Annual report on the working of the lock hospitals in the North-Western Provinces and Oudh
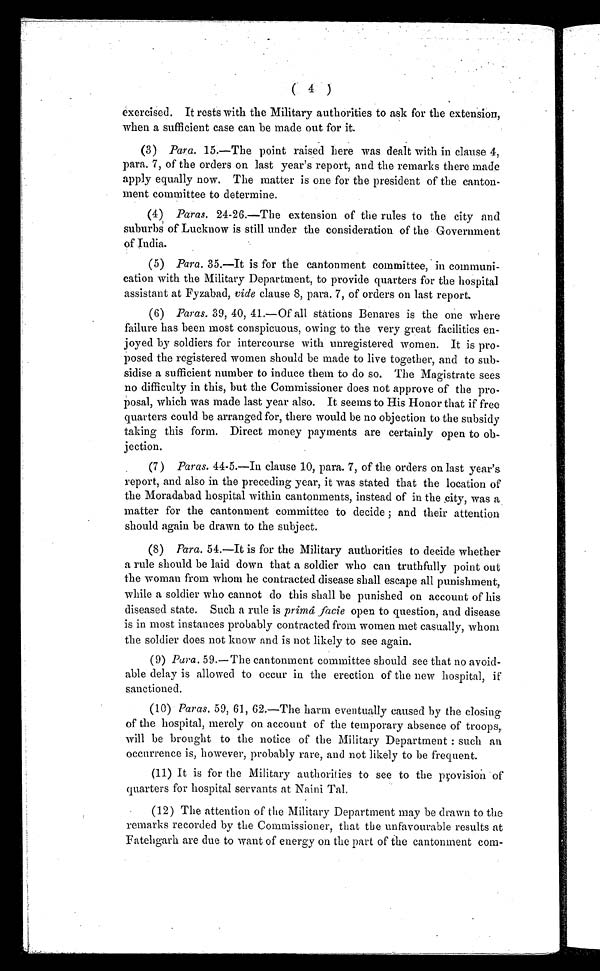
( 4 )
exercised. It rests with the Military authorities to ask for the extension,
when a sufficient case can be made out for it.
(3) Para. 15.—The point raised here was dealt with in clause 4,
para. 7, of the orders on last year's report, and the remarks there made
apply equally now. The matter is one for the president of the canton-
ment committee to determine.
(4) Paras. 24-26.—The extension of the rules to the city and
suburbs of Lucknow is still under the consideration of the Government
of India.
(5) Para. 35.—It is for the cantonment committee, in communi-
cation with the Military Department, to provide quarters for the hospital
assistant at Fyzabad, vide clause 8, para. 7, of orders on last report.
(6) Paras. 39, 40, 41.—Of all stations Benares is the one where
failure has been most conspicuous, owing to the very great facilities en-
joyed by soldiers for intercourse with unregistered women. It is pro-
posed the registered women should be made to live together, and to sub-
sidise a sufficient number to induce them to do so. The Magistrate sees
no difficulty in this, but the Commissioner does not approve of the pro-
posal, which was made last year also. It seems to His Honor that if free
quarters could be arranged for, there would be no objection to the subsidy
taking this form. Direct money payments are certainly open to ob-
jection.
(7) Paras. 44-5.—In clause 10, para. 7, of the orders on last year's
report, and also in the preceding year, it was stated that the location of
the Moradabad hospital within cantonments, instead of in the city, was a
matter for the cantonment committee to decide ; and their attention
should again be drawn to the subject.
(8) Para. 54.—It is for the Military authorities to decide whether
a rule should be laid down that a soldier who can truthfully point out
the woman from whom he contracted disease shall escape all punishment,
while a soldier who cannot do this shall be punished on account of his
diseased state. Such a rule is primâ facie open to question, and disease
is in most instances probably contracted from women met casually, whom
the soldier does not know and is not likely to see again.
(9) Para. 59.— The cantonment committee should see that no avoid-
able delay is allowed to occur in the erection of the new hospital, if
sanctioned.
(10) Paras. 59, 61, 62.—The harm eventually caused by the closing
of the hospital, merely on account of the temporary absence of troops,
will be brought to the notice of the Military Department : such an
occurrence is, however, probably rare, and not likely to be frequent.
(11) It is for the Military authorities to see to the provision of
quarters for hospital servants at Naini Tal.
(12) The attention of the Military Department may be drawn to the
remarks recorded by the Commissioner, that the unfavourable results at
Fatehgarh are due to want of energy on the part of the cantonment com-